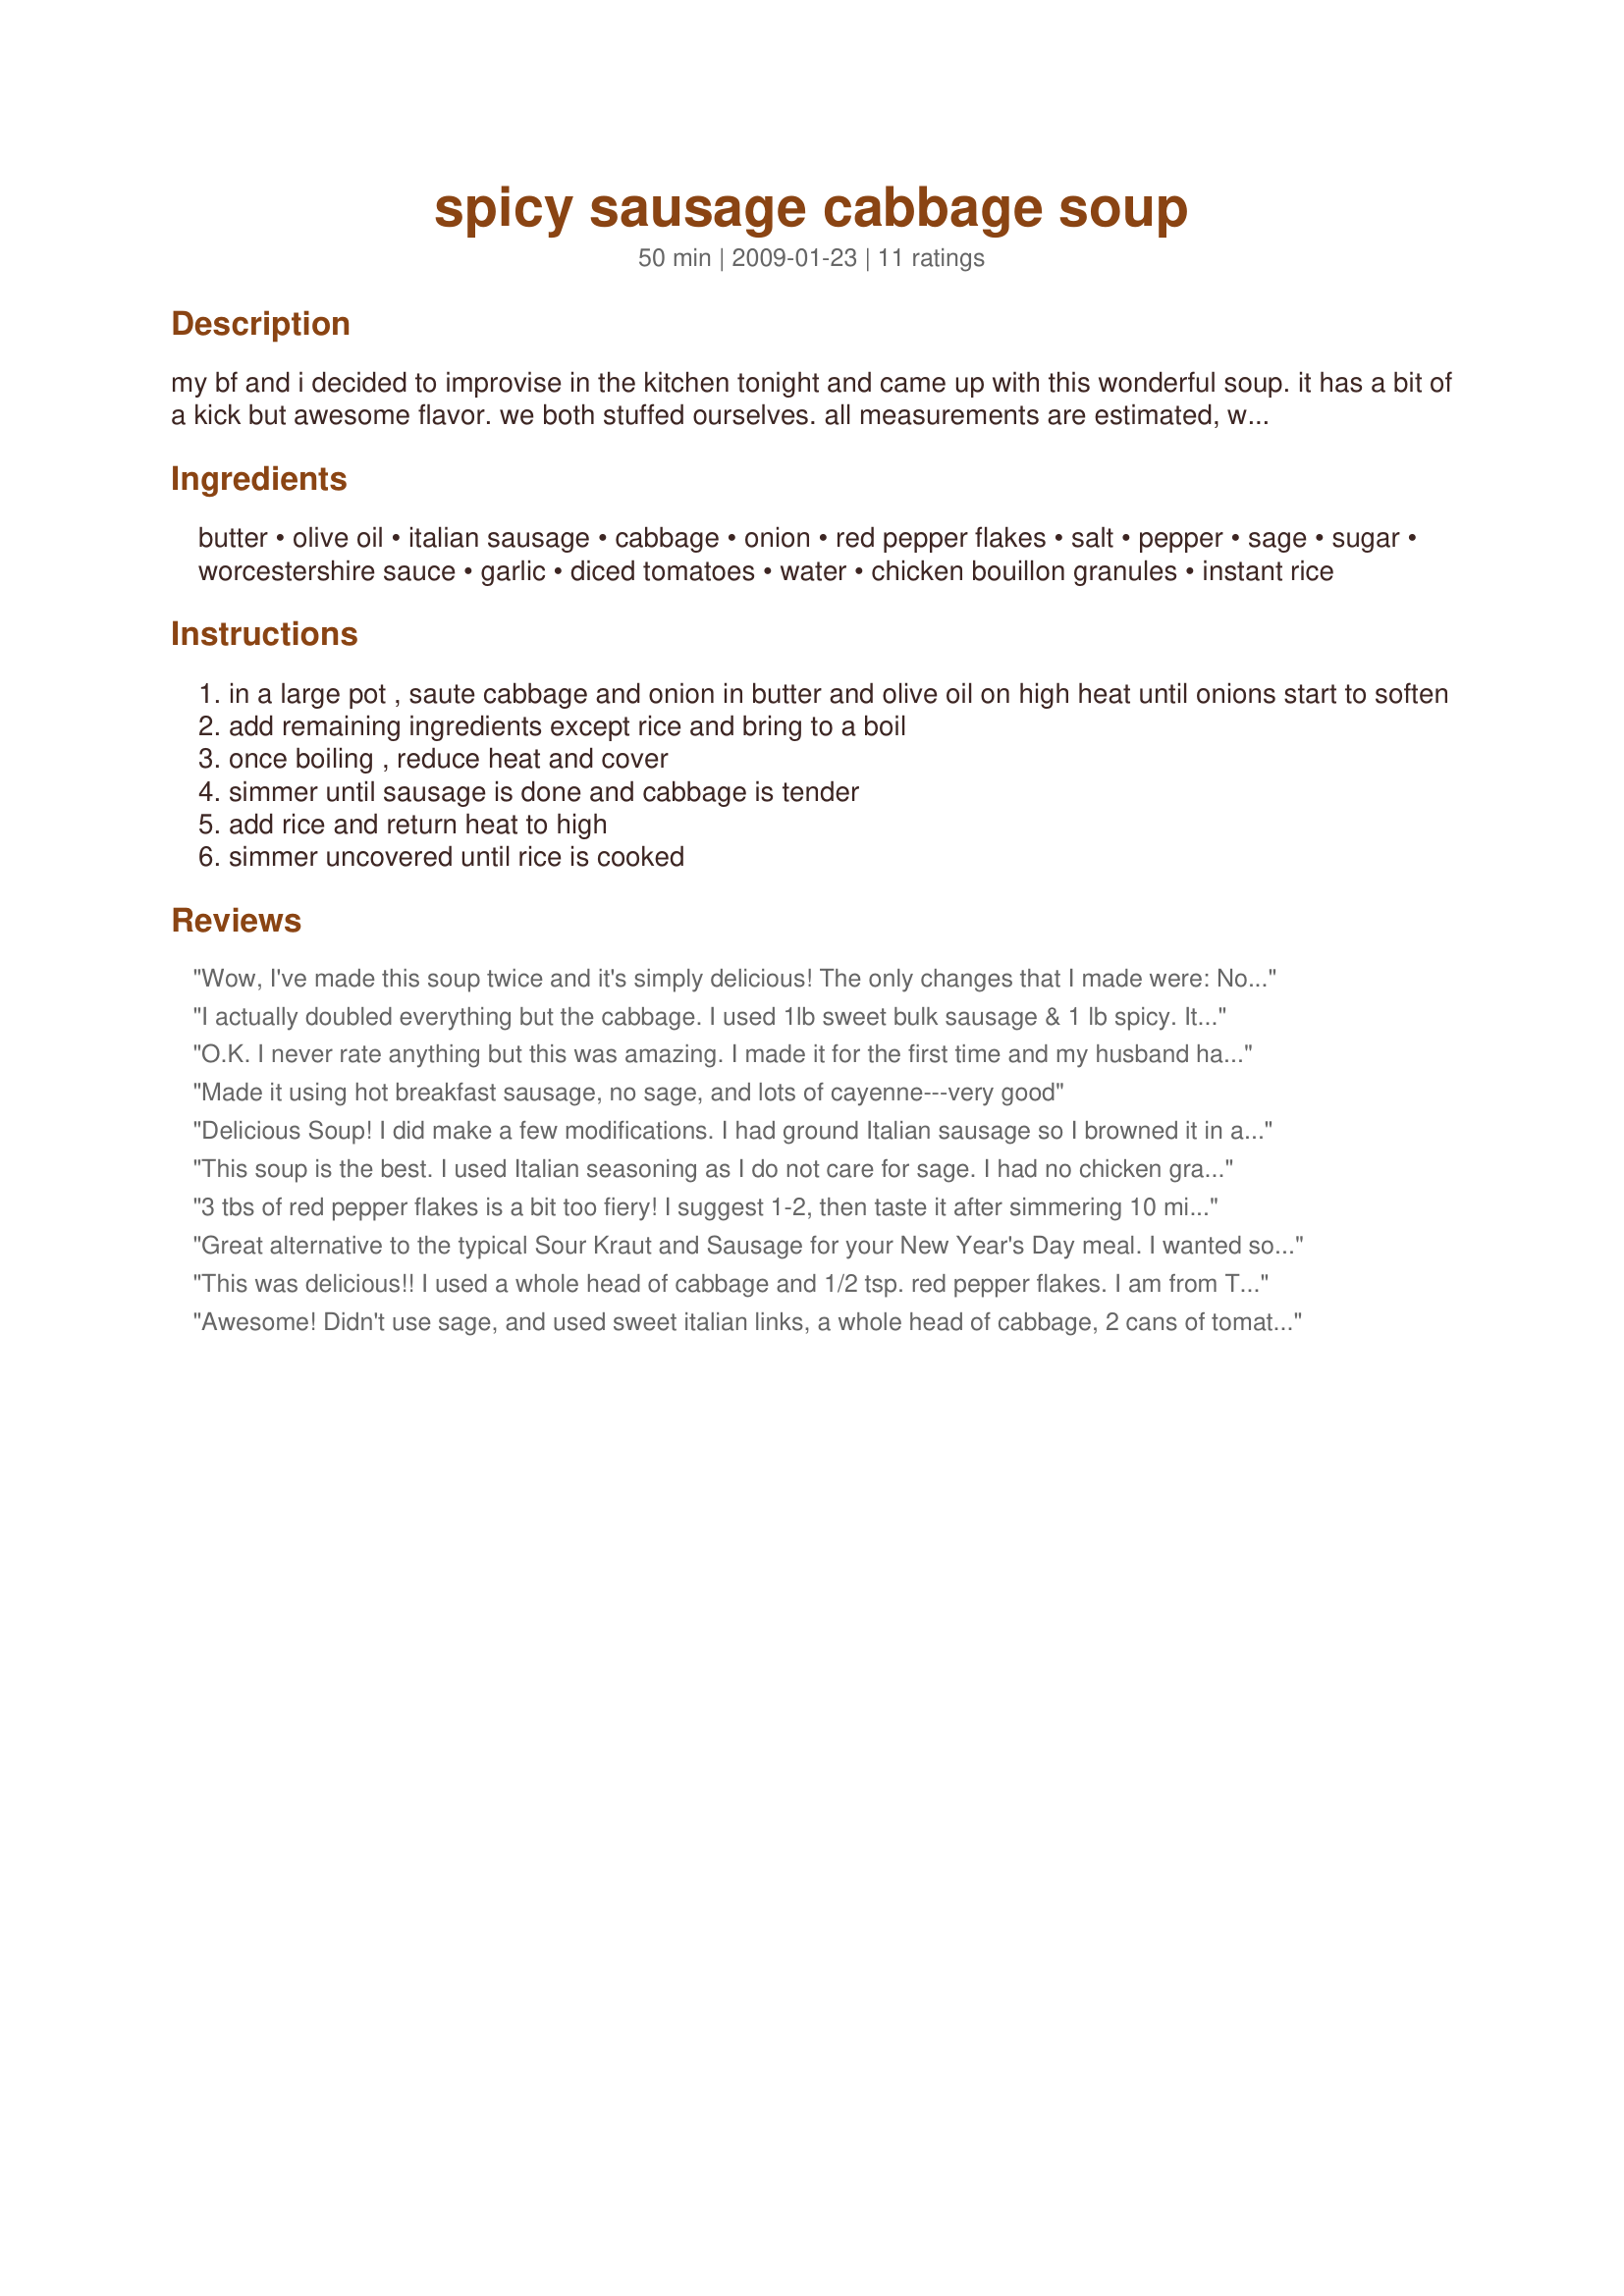
spicy sausage cabbage soup
Preparation time: 50 minutes

my bf and i decided to improvise in the kitchen tonight and came up with this wonderful soup. it has a bit of a kick but awesome flavor. we both stuffed ourselves. all measurements are estimated, we were having too much fun throwing things in the pot. :)

Ingredients:
butter, olive oil, italian sausage, cabbage, onion, red pepper flakes, salt, pepper, sage, sugar, worcestershire sauce, garlic, diced tomatoes, water, chicken bouillon granules, instant rice

Steps:
in a large pot , saute cabbage and onion in butter and olive oil on high heat until onions start to soften
add remaining ingredients except rice and bring to a boil
once boiling , reduce heat and cover
simmer until sausage is done and cabbage is tender
add rice and return heat to high
simmer uncovered until rice is cooked

Reviews:
Wow, I've made this soup twice and it's simply delicious! The only changes that I made were:

No sage - used italian seasoning.
No Italian sausage - used chicken breakfast sausage (removed casings and dropped pieces into soup).
No chicken bouillon - used knorr instant chicken stock mix.
Only used 2 teaspoons of red pepper flakes - was spicy hot enough for us.
Everyone including guests loved the soup. I will be making it again and again!! Thank you for the recipe.
I actually doubled everything but the cabbage. I used 1lb sweet bulk sausage & 1 lb spicy. It was sooooo good; it really hit the spot. I didn't have diced tomaotes so I used whole & mushed them up. I'm not sure why there is sugar added? I don't think it is necessary. The kids thought it a wee bit spicy but so what, they survived. dh & I thought it was a wee bit spicy & were thrilled. LOL. served w/some seeded Italian bread. Never saw dh run so fast to teh bakery, lol. Oh, I don't have instant rice so I used regular white rice & added it with everything else & let it simmer 20 minutes or so. wow, must have hit the wrong button because I wasn't done...when I doubled the recipe, I added instead of 12c water & bouillon, I used 8c water & 4c chicken broth. ;) A fabulous recipe! Made for Top Favorites of 2009. :)
O.K. I never rate anything but this was amazing. I made it for the first time and my husband had four bowls. That&#039;s not like him at all. I used Pickapeppa sauce instead of red pepper flakes. Will definately make this again!
Made it using hot breakfast sausage, no sage, and lots of cayenne---very good
Delicious Soup! I did make a few modifications. I had ground Italian sausage so I browned it in a separate pan and added as directed. I used 1 1/2 teaspoons red pepper flakes, 2 (14 oz) cans of fire roasted diced tomatoes and 4 bouillion cubes; then made as directed. I omitted the salt. We loved this soup Bekah and it will definitely be added to my favorite soup cookbook. A great creation by you and your BF. Thanks.
This soup is the best. I used Italian seasoning as I do not care for sage. I had no chicken granules so used chicken stock. I will be making this for a long time.
3 tbs of red pepper flakes is a bit too fiery! I suggest 1-2, then taste it after simmering 10 minutes or so.
POSSIBLE ERROR IN RECIPE: It LOOKS as if the sausgae should be sauted with the cabbage and onions, because of the sequence of the ingredients. Anyway, that's the away I did it, and it worked out great.
Great alternative to the typical Sour Kraut and Sausage for your New Year's Day meal. I wanted something spicier so this recipe was perfect. If you like the heat, try spicy Italian sausage. I browned the sausage and added slightly browned cubed potatoes. Used 1 of the 2 teaspoons of garlic when sautéing the cabbage and onions. Used tomato bouillon instead of chicken bouillon.1 teaspoon a red pepper flakes and ½ teaspoon of cayenne pepper. Good heat. A full head of cabbage would be fine too. Overall, it was easy and tasty. I will probably make this again. Thanks!
This was delicious!! I used a whole head of cabbage and 1/2 tsp. red pepper flakes. I am from Texas and like it hot, but this is probably too much red pepper for average folks. I liked the sage and thought it enhanced the flavor of the sausage. I followed the recipe to the letter, except I added 6 cups of chicken broth instead of the water and bouillon granules, and I added some diced potatoes (about 3/4 inch) instead of the rice. This is a keeper!
Awesome! Didn't use sage, and used sweet italian links, a whole head of cabbage, 2 cans of tomatoes, already cooked rice and 2 cups of extra broth. So easy! Cooked the sausage first in the pot, added onion, then dumped the cabbage in, followed by the other ingredients.
This soup was amazing! I&#039;ve only made it once so far, with variations of using chicken breast meat in place of sausage and omitted the sage, used 2 cups vegetable broth &amp; 2 cups water instead of the 6 cups water as I had leftover cooked brown rice to use and didn&#039;t need all the liquid. Flavors in this are so very tasty! Will definitely repeat.
